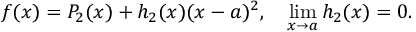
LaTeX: f ( x ) = P _ { 2 } ( x ) + h _ { 2 } ( x ) ( x - a ) ^ { 2 } , \quad \operatorname* { l i m } _ { x \to a } h _ { 2 } ( x ) = 0 .